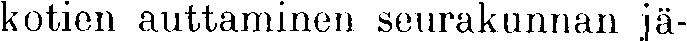
kotien auttaminen seurakunnan jä-